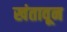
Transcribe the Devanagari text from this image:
खंतावून